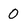
Character: 0